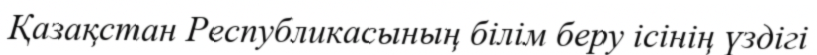
Қазақстан Республикасының білім беру ісінің үздігі